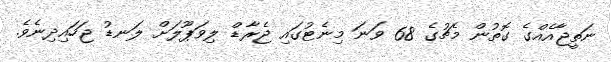
ނަތީޖާއެއްގެ ގޮތުން މެޗުގެ 68 ވަނަ މިނެޓުގައި ޖެރާޑް ލިވަޕޫލަށް ލަނޑު ޖަހައިދިނެވެ.